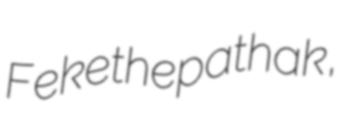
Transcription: Fekethepathak,